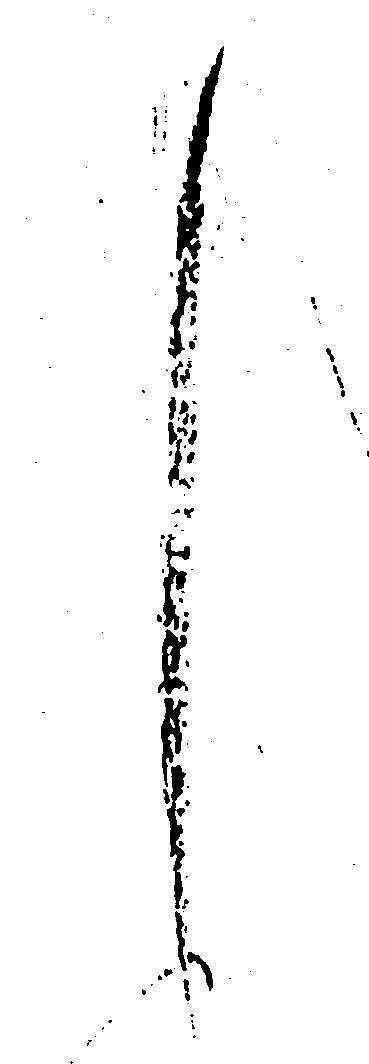
く